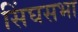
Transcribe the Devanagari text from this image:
सिंघसभा